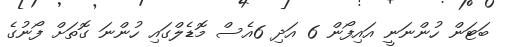
ބަޓަން ހުންނަނީ އައިފޯން 6 އަދި 6އެސް މޮޑެލްގައި ހުންނަ ގޮތަށް ފޯނުގެ